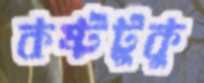
কষ্টটুকু